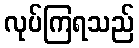
လုပ်ကြရသည်